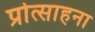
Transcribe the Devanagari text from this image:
प्रोत्साहना